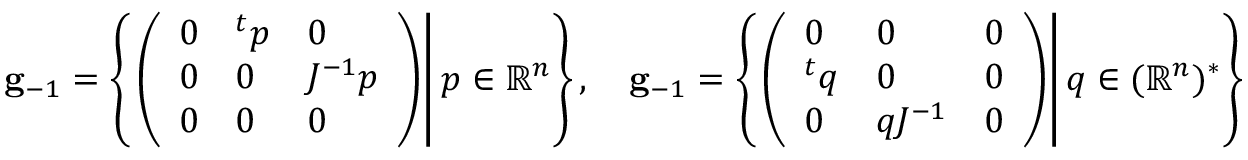
\mathbf { g } _ { - 1 } = \left\{ \left. { \left( \begin{array} { l l l } { 0 } & { ^ { t } p } & { 0 } \\ { 0 } & { 0 } & { J ^ { - 1 } p } \\ { 0 } & { 0 } & { 0 } \end{array} \right) } \right| p \in \mathbb { R } ^ { n } \right\} , \quad \mathbf { g } _ { - 1 } = \left\{ \left. { \left( \begin{array} { l l l } { 0 } & { 0 } & { 0 } \\ { ^ { t } q } & { 0 } & { 0 } \\ { 0 } & { q J ^ { - 1 } } & { 0 } \end{array} \right) } \right| q \in ( \mathbb { R } ^ { n } ) ^ { * } \right\}